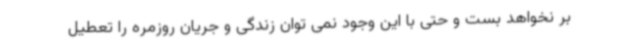
بر نخواهد بست و حتی با این وجود نمی توان زندگی و جریان روزمره را تعطیل